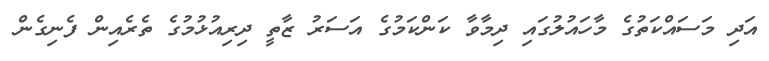
އަދި މަސައްކަތުގެ މާހައުލުގައި ދިމާވާ ކަންކަމުގެ އަސަރު ޒާތީ ދިރިއުޅުމުގެ ތެރެއިން ފެނިގެން